画像に写った文字を読んでください
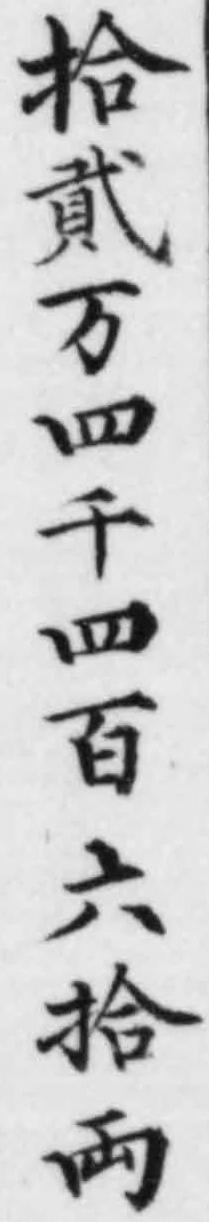
「拾貳万四千四百六拾両」と書いてあります